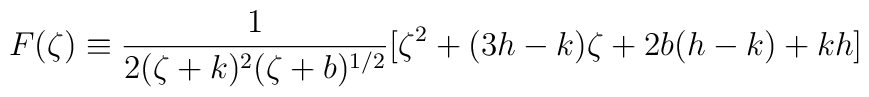
F(\zeta)\equiv\frac{1}{2(\zeta +k)^{2}(\zeta +b)^{1/2}}[\zeta^{2}+(3h-k)\zeta +2b(h-k)+kh]